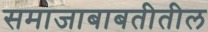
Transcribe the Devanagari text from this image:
समाजाबाबतीतील